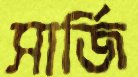
সার্জি